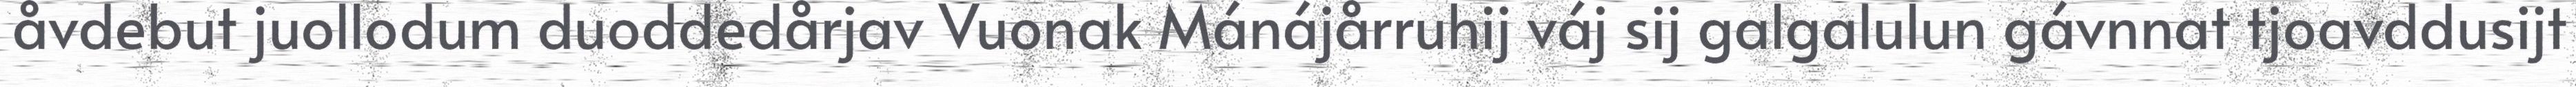
åvdebut juollodum duoddedårjav Vuonak Mánájårruhij váj sij galgalulun gávnnat tjoavddusijt